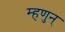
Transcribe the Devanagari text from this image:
म्हणुन्